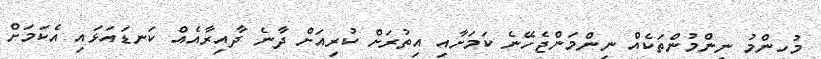
މުހިންމު ނިންމުންތަކެއް ނިންމަންޖެހޭނެ ކަމަށާއި އިތުރަށް ކުރިއަށް ދާނެ ދާއިރާއެއް ކަނޑައަޅައި އެކަމަށް